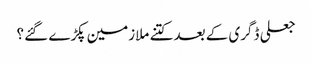
جعلی ڈگری کے بعد کتنے ملازمین پکڑے گئے ؟